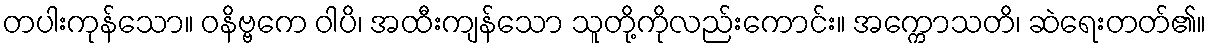
တပါးကုန်သော။ ဝနိဗ္ဗကေ ဝါပိ၊ အထီးကျန်သော သူတို့ကိုလည်းကောင်း။ အက္ကောသတိ၊ ဆဲရေးတတ်၏။